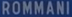
ROMMANI